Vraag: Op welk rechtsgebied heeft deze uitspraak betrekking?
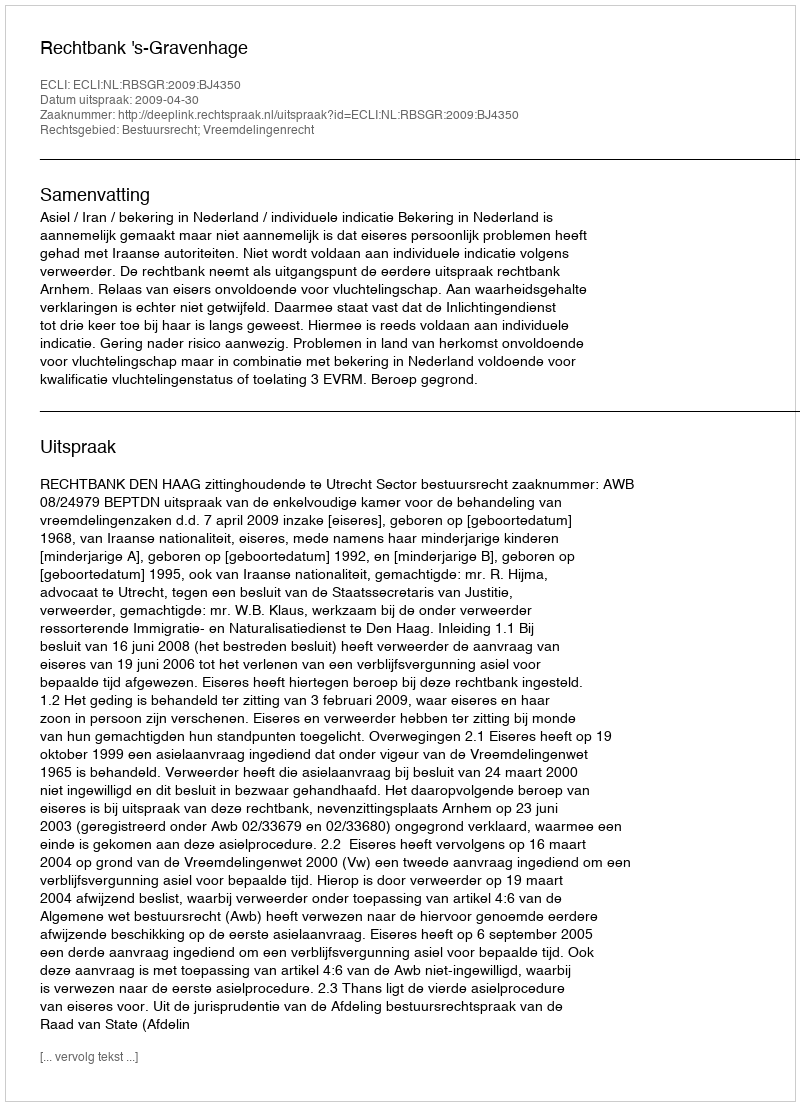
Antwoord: Bestuursrecht; Vreemdelingenrecht